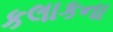
કલાકના